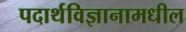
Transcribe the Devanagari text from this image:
पदार्थविज्ञानामधील